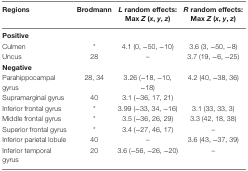
<table><thead><tr><td><b>Regions</b></td><td><b>Brodmann</b></td><td><b><i>L</i> random effects: Max <i>Z</i> (<i>x</i>, <i>y</i>, <i>z</i>)</b></td><td><b><i>R</i> random effects: Max <i>Z</i> (<i>x</i>, <i>y</i>, <i>z</i>)</b></td></tr></thead><tbody><tr><td colspan="4"><b>Positive</b></td></tr><tr><td>Culmen</td><td>*</td><td>4.1 (0, −50, −10)</td><td>3.6 (3, −50, −8)</td></tr><tr><td>Uncus</td><td>28</td><td>–</td><td>3.7 (19, −6, −25)</td></tr><tr><td colspan="4"><b>Negative</b></td></tr><tr><td>Parahippocampal gyrus</td><td>28, 34</td><td>3.26 (−18, −10, −18)</td><td rowspan="2">4.2 (40, −38, 36)</td></tr><tr><td>Supramarginal gyrus</td><td>40</td><td>3.1 (−36, 17, 21)</td></tr><tr><td>Inferior frontal gyrus</td><td>*</td><td>3.99 (−33, 34, −16)</td><td>3.1 (33, 33, 3)</td></tr><tr><td>Middle frontal gyrus</td><td>*</td><td>3.5 (−36, 26, 29)</td><td>3.3 (42, 18, 38)</td></tr><tr><td>Superior frontal gyrus</td><td>*</td><td>3.4 (−27, 46, 17)</td><td>–</td></tr><tr><td>Inferior parietal lobule</td><td>40</td><td>–</td><td>3.6 (43, −37, 39)</td></tr><tr><td>Inferior temporal gyrus</td><td>20</td><td>3.6 (−56, −26, −20)</td><td>–</td></tr></tbody></table>